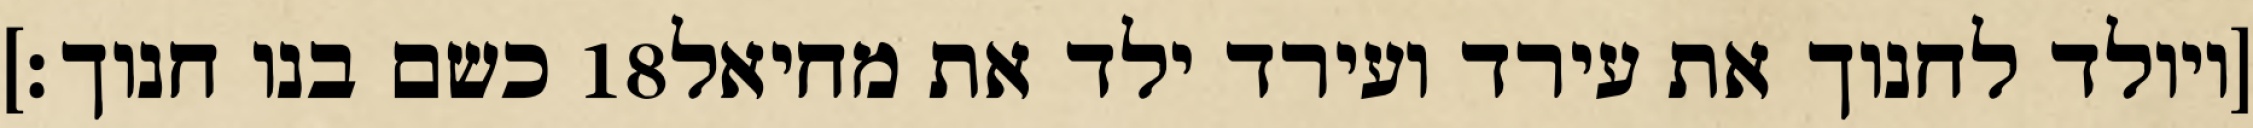
כשם בנו חנוך׃] ‎18‏ [ויולד לחנוך את עירד ועירד ילד את מחיאל